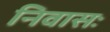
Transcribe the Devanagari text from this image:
निवासः